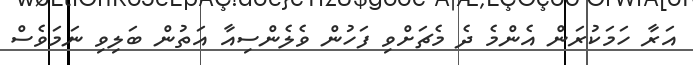
އަރާ ހަމަކުރަން އެންމެ ދެ މެޗަށްވި ފަހުން ވެލެންސިއާ އަތުން ބަލިވި ނަމަވެސް